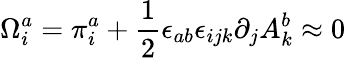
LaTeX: \Omega_{i}^{a}=\pi_{i}^{a}+\frac{1}{2}\epsilon_{ab}\epsilon_{ijk}\partial_{j}A_{k}^{b}\approx 0